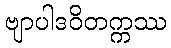
ဗျာပါဒဝိတက္ကဿ